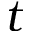
t